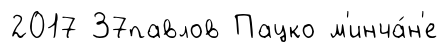
2017 37павлов Пацко м'инча́н'е